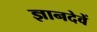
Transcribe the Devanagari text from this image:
ज्ञानदेवें